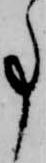
事